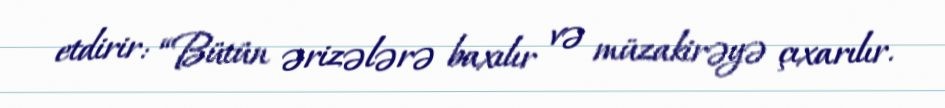
etdirir: “Bütün ərizələrə baxılır və müzakirəyə çıxarılır.